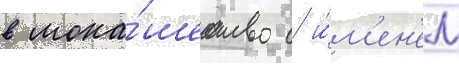
в мона́шество с и́м'ен'ем